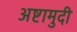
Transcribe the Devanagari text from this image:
अष्टामुदी